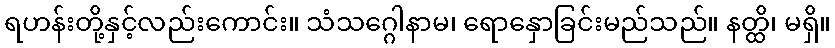
ရဟန်းတို့နှင့်လည်းကောင်း။ သံသဂ္ဂေါနာမ၊ ရောနှောခြင်းမည်သည်။ နတ္ထိ၊ မရှိ။